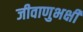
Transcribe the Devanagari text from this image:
जीवाणुभक्षी